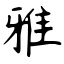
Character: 雅